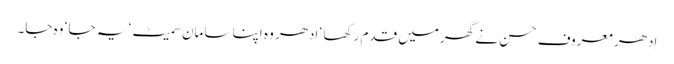
اِدھر معروف حسن نے گھر میں قدم رکھا ‘ ادھر وہ اپنا سامان سمیٹ ‘ یہ جا ‘ وہ جا۔